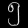
Digit: ၅